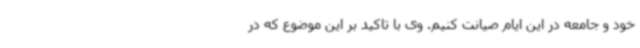
خود و جامعه در این ایام صیانت کنیم. وی با تاکید بر این موضوع که در